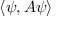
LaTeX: \langle \psi , A \psi \rangle